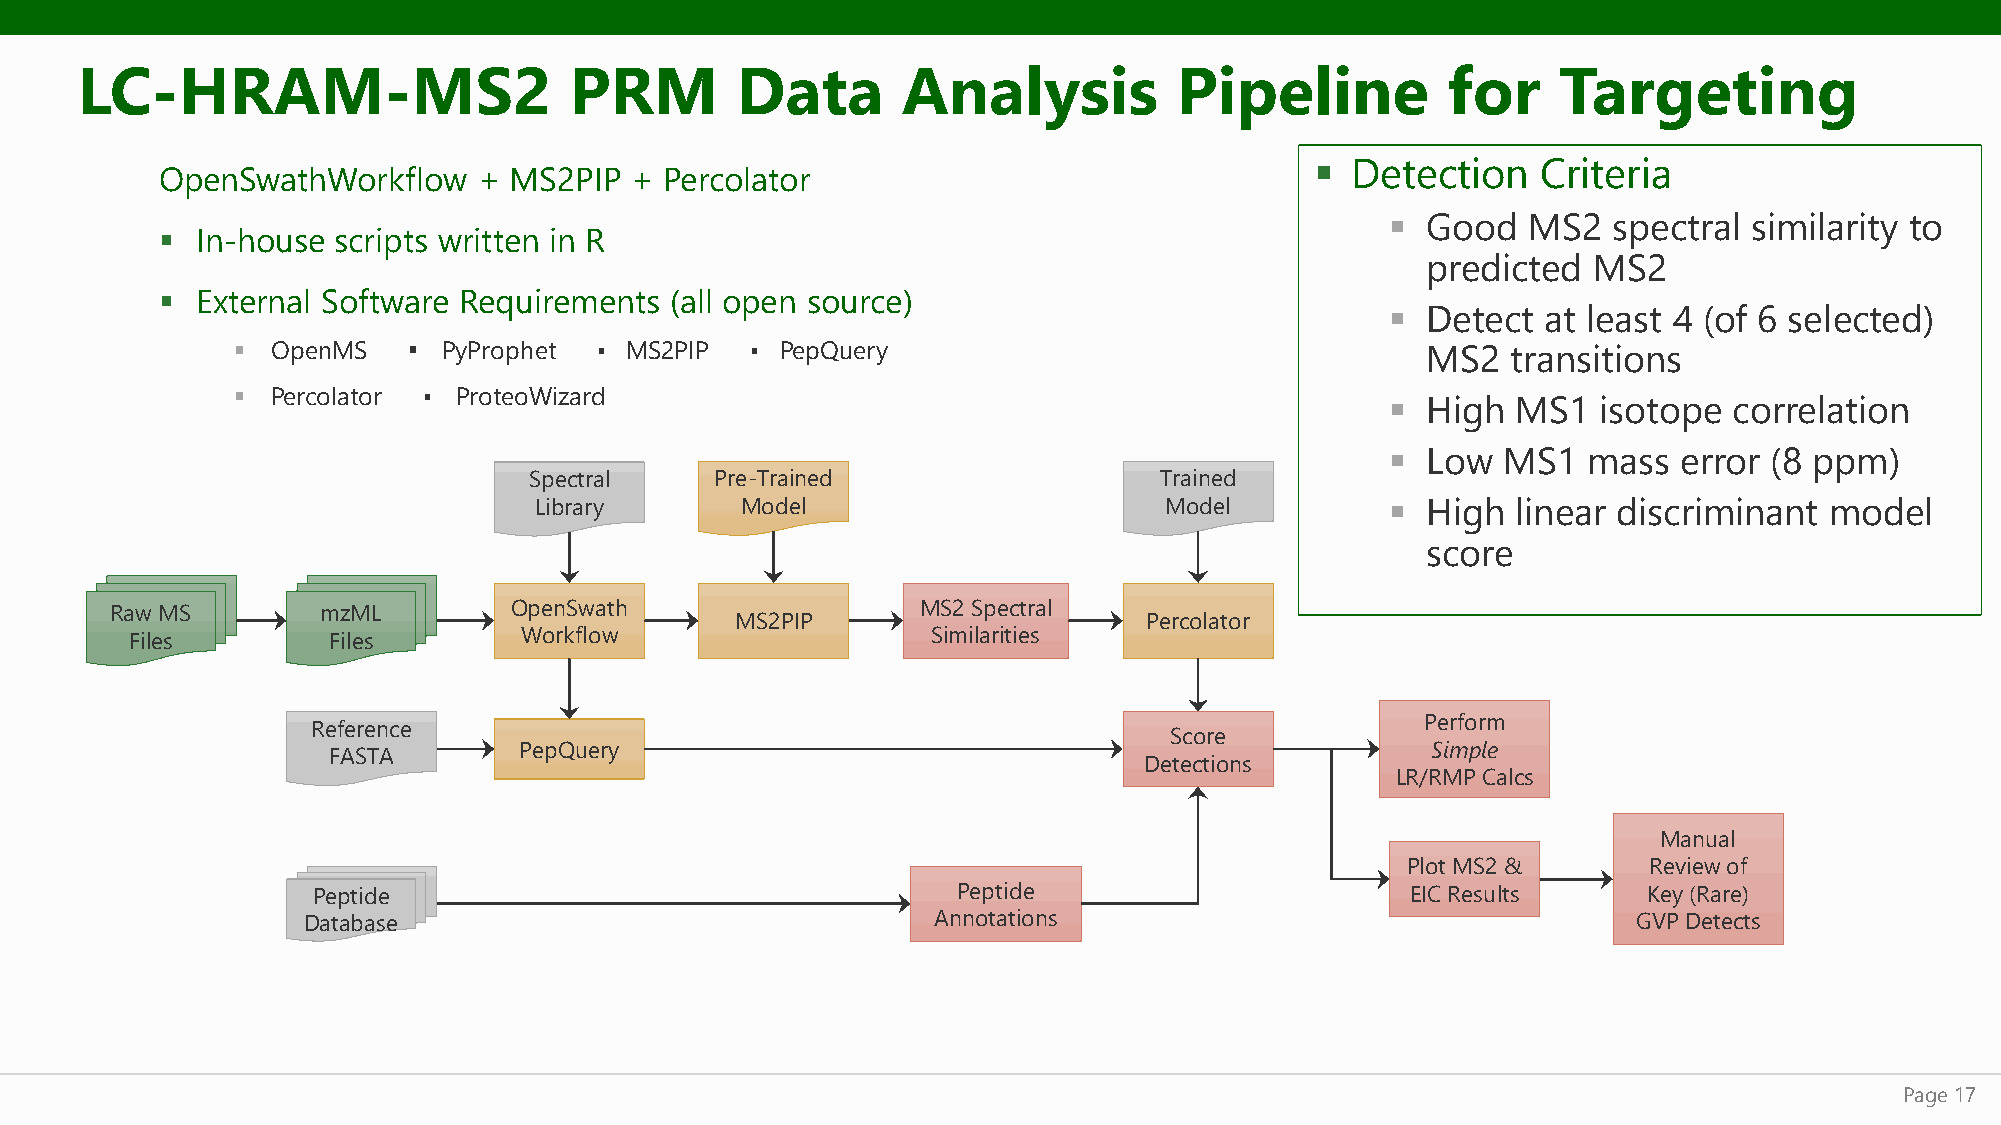
LC-HRAM-MS2                      PRM        Data       Analysis          Pipeline          for    Targeting
 ▪ Detection    Criteria
 OpenSwathWorkflow     + MS2PIP  + Percolator
 ▪ Good   MS2   spectral similarity to
 ▪  In-house scripts written in R
 predicted  MS2
 ▪  External Software Requirements (all open source)
 ▪ Detect  at least 4 (of 6 selected)
 ▪  OpenMS   ▪ PyProphet ▪ MS2PIP   ▪ PepQuery                                  MS2   transitions
 ▪  Percolator ▪ ProteoWizard
 ▪ High  MS1   isotope  correlation
 ▪ Low  MS1   mass  error (8 ppm)
 Spectral    Pre-Trained                   Trained
 Library       Model                       Model          ▪ High  linear discriminant  model
 score
 Raw MS        mzML         OpenSwath                  MS2 Spectral
 MS2PIP                     Percolator
 Files        Files       Workflow                    Similarities
 Perform
 Reference
 Score
 PepQuery                                                     Simple
 FASTA
 Detections
 LR/RMP Calcs
 Manual
 Plot MS2 &      Review of
 Peptide                                   Peptide                       EIC Results     Key (Rare)
 Database                                  Annotations                                   GVP Detects
 Page 17